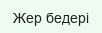
Жер бедері